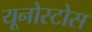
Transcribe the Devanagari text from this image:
यूनोस्टोस